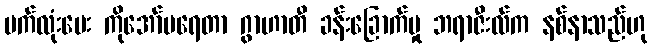
မက်လုံးပေး ကိုအော်ပရေတာ ဂွာဟာတီ ခန်းခြောက်မှု ဘရာဇီးလ်က နစ်နာသည်ဟု